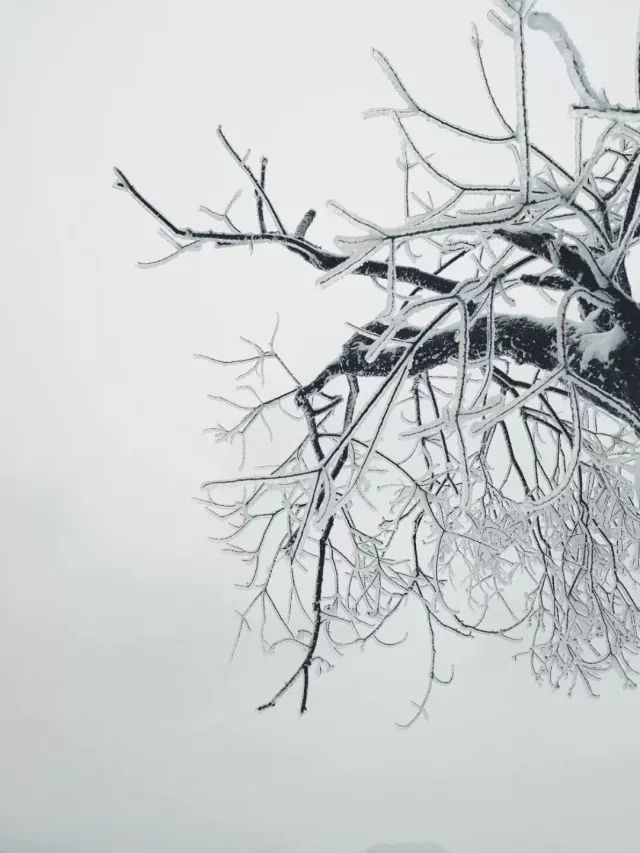
脉脉花疏天淡，云来去数枝雪。